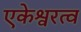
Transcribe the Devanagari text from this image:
एकेश्वरत्व